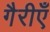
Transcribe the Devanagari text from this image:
गैरीएँ